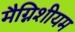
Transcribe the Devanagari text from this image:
मैग्निशीयम